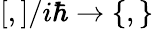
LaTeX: [,]/i\hbar\rightarrow\left\{ ,\right\}